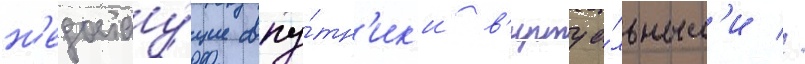
н'едостау́щие спу́тн'ик'и в'иртуа́льным'и //